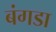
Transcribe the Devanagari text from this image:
बंगडा